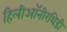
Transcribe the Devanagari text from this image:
हिलीऑनीरथिडी